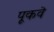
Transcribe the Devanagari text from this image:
पूकवे